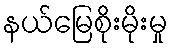
နယ်မြေစိုးမိုးမှု